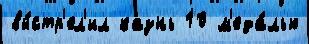
вы́стр'ел'ил казнь 10 м'еда́лью